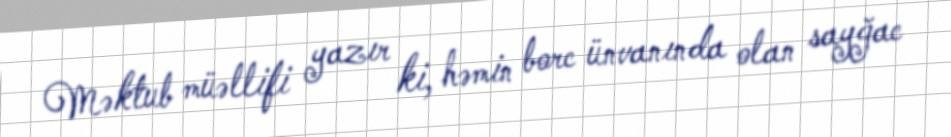
Məktub müəllifi yazır ki, həmin borc ünvanında olan sayğac